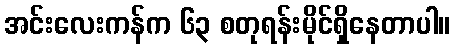
အင်းလေးကန်က ၆၃ စတုရန်းမိုင်ရှိနေတာပါ။